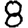
Digit: 8